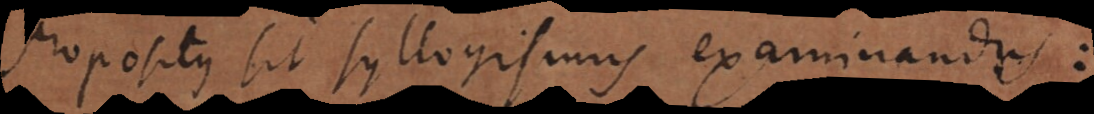
Propositus sit syllogismus examinandus: